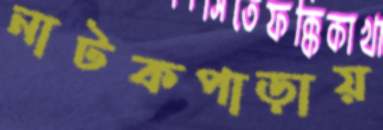
নাটকপাড়ায়